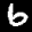
Label: 6